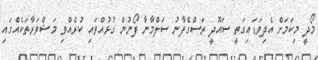
މޯދީ މިކަމަށް އެދިވަޑައިގަތީ ސައޫދީ ރަސްގެފާނު ސަލްމާނާ ފޯނުން ގުޅުއްވައި ކުރެއްވި މަޝްވަރާތަކެއްގައި